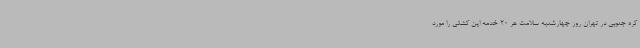
کره جنوبی در تهران روز چهارشنبه سلامت هر 20 خدمه این کشتی را مورد